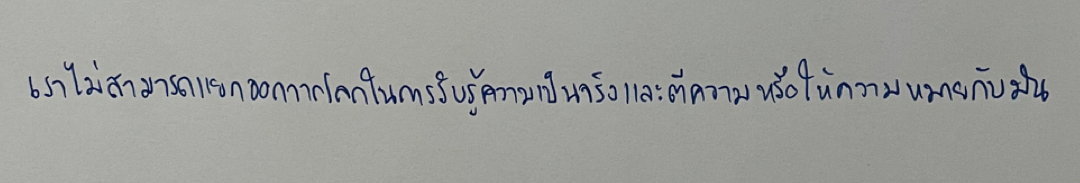
เราไม่สามารถแยกออกจากโลกในการรับรู้ความเป็นจริงและตีความหรือให้ความหมายกับมัน